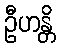
ဦဟန္တိ